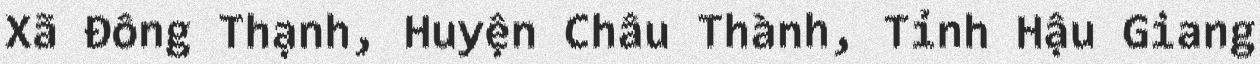
Xã Đông Thạnh, Huyện Châu Thành, Tỉnh Hậu Giang